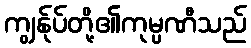
ကျွန်ုပ်တို့၏ကုမ္ပဏီသည်